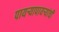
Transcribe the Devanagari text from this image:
पायऱ्यापायऱ्यांची